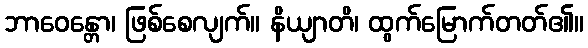
ဘာဝေန္တော၊ ဖြစ်စေလျက်။ နိယျာတိ၊ ထွက်မြောက်တတ်၏။